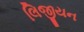
લિજીયન